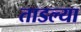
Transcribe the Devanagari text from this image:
ताडल्या